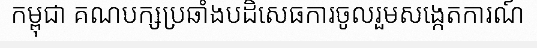
កម្ពុជា គណបក្សប្រឆាំងបដិសេធការចូលរួមសង្កេតការណ៍